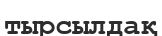
тырсылдақ